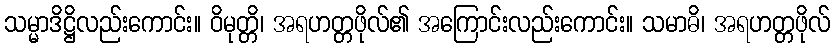
သမ္မာဒိဋ္ဌိလည်းကောင်း။ ဝိမုတ္တိ၊ အရဟတ္တဖိုလ်၏ အကြောင်းလည်းကောင်း။ သမာဓိ၊ အရဟတ္တဖိုလ်